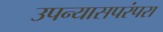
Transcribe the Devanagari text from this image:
उपन्यासपरंपरा